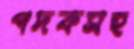
পদকসহ